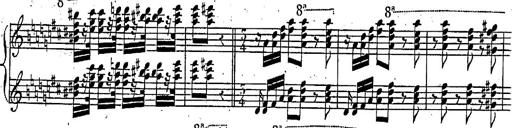
Title: Marche et Cavatine de Lucie de Lammermoor, S.398
Composer: Franz Liszt